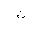
Letter: _tha